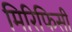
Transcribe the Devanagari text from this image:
मिरिफिसी